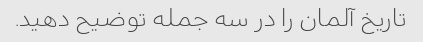
تاریخ آلمان را در سه جمله توضیح دهید.